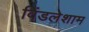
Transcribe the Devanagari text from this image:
विंडलेशाम